Indian journal of veterinary science and animal husbandry - Volume 14,
Year: 1944
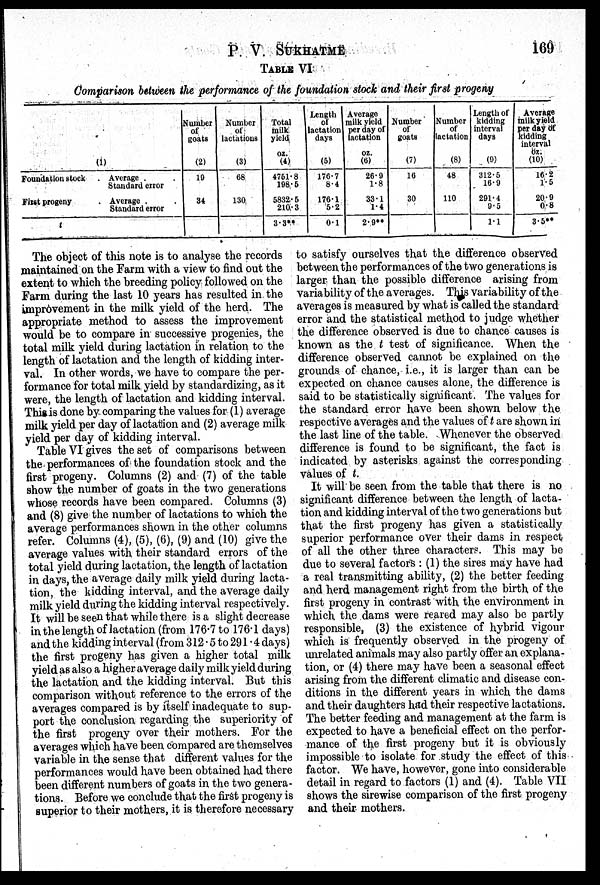
P. V. SUKHATME
169
TABLE VI
Comparison between the performance of the foundation stock and their first progeny
Foundation stock
First progeny
t
(1)
Average . .
Standard error
Average . .
Standard error
Number
of
goats
(2)
19
34
Number
of
lactations
(3)
68
130
Total
milk
yield
oz.
(4)
4751.8
198.5
5832.5
210.3
3.3**
Length
of
lactation
days
(5)
176.7
8.4
176.1
5.2
0.1
Average
milk yield
per day of
lactation
oz.
(6)
26.9
1.8
33.1
1.4
2.9**
Number
of
goats
(7)
16
30
Number
of
lactation
(8)
48
110
Length of
kidding
interval
days
(9)
312.5
16.9
291.4
9.5
1.1
Average
milk yield
per day of
kidding
interval
oz.
(10)
16.2
1.5
20.9
0.8
3.5**
The object of this note is to analyse the records
maintained on the Farm with a view to find out the
extent to which the breeding policy followed on the
Farm during the last 10 years has resulted in the
improvement in the milk yield of the herd. The
appropriate method to assess the improvement
would be to compare in successive progenies, the
total milk yield during lactation in relation to the
length of lactation and the length of kidding inter-
val. In other words, we have to compare the per-
formance for total milk yield by standardizing, as it
were, the length of lactation and kidding interval.
This is done by comparing the values for (1) average
milk yield per day of lactation and (2) average milk
yield per day of kidding interval.
Table VI gives the set of comparisons between
the performances of the foundation stock and the
first progeny. Columns (2) and (7) of the table
show the number of goats in the two generations
whose records have been compared. Columns (3)
and (8) give the number of lactations to which the
average performances shown in the other columns
refer. Columns (4), (5), (6), (9) and (10) give the
average values with their standard errors of the
total yield during lactation, the length of lactation
in days, the average daily milk yield during lacta-
tion, the kidding interval, and the average daily
milk yield during the kidding interval respectively.
It will be seen that while there is a slight decrease
in the length of lactation (from 176.7 to 176.1 days)
and the kidding interval (from 312.5 to 291.4 days)
the first progeny has given a higher total milk
yield as also a higher average daily milk yield during
the lactation and the kidding interval. But this
comparison without reference to the errors of the
averages compared is by itself inadequate to sup-
port the conclusion regarding the superiority of
the first progeny over their mothers. For the
averages which have been compared are themselves
variable in the sense that different values for the
performances would have been obtained had there
been different numbers of goats in the two genera-
tions. Before we conclude that the first progeny is
superior to their mothers, it is therefore necessary
to satisfy ourselves that the difference observed
between the performances of the two generations is
larger than the possible difference arising from
variability of the averages. This variability of the
averages is measured by what is called the standard
error and the statistical method to judge whether
the difference observed is due to chance causes is
known as the t test of significance. When the
difference observed cannot be explained on the
grounds of chance, i.e., it is larger than can be
expected on chance causes alone, the difference is
said to be statistically significant. The values for
the standard error have been shown below the
respective averages and the values of t are shown in
the last line of the table. Whenever the observed
difference is found to be significant, the fact is
indicated by asterisks against the corresponding
values of t.
It will be seen from the table that there is no
significant difference between the length of lacta-
tion and kidding interval of the two generations but
that the first progeny has given a statistically
superior performance over their dams in respect
of all the other three characters. This may be
due to several factors: (1) the sires may have had
a real transmitting ability, (2) the better feeding
and herd management right from the birth of the
first progeny in contrast with the environment in
which the dams were reared may also be partly
responsible, (3) the existence of hybrid vigour
which is frequently observed in the progeny of
unrelated animals may also partly offer an, explana-
tion, or (4) there may have been a seasonal effect
arising from the different climatic and disease con-
ditions in the different years in which the dams
and their daughters had their respective lactations.
The better feeding and management at the farm is
expected to have a beneficial effect on the perfor-
mance of the first progeny but it is obviously
impossible to isolate for study the effect of this
factor. We have, however, gone into considerable
detail in regard to factors (1) and (4). Table VII
shows the sirewise comparison of the first progeny
and their mothers.